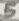
Text: 5